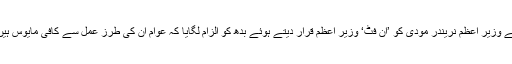
لکھنؤ: بہوجن سماج پارٹی (بی ایس پی) سپریمو مایاوتی نے وزیر اعظم نریندر مودی کو ’ان فٹ‘ وزیر اعظم قرار دیتے ہوئے بدھ کو الزام لگایا کہ عوام ان کی طرز عمل سے کافی مایوس ہیں جس کی وجہ سے انہیں دوبارہ اقتدار میں نہیں لائیں گے۔